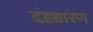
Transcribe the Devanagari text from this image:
दंडधारण